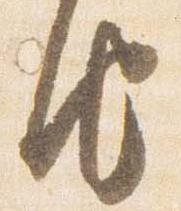
由